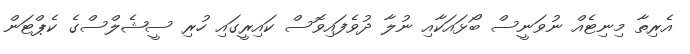
އެރިތާ މިނިޓެއް ނުވަނީސް ބޯޅައަކާއި ނުލާ ދުވެފައިވޮސް ކައިރީގައި ހުރި ސީޝެލްސްގެ ކެޕްޓަން